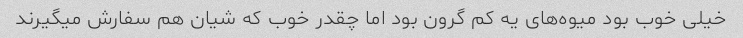
خیلی خوب بود میوه‌های یه کم گرون بود اما چقدر خوب که شیان هم سفارش میگیرند